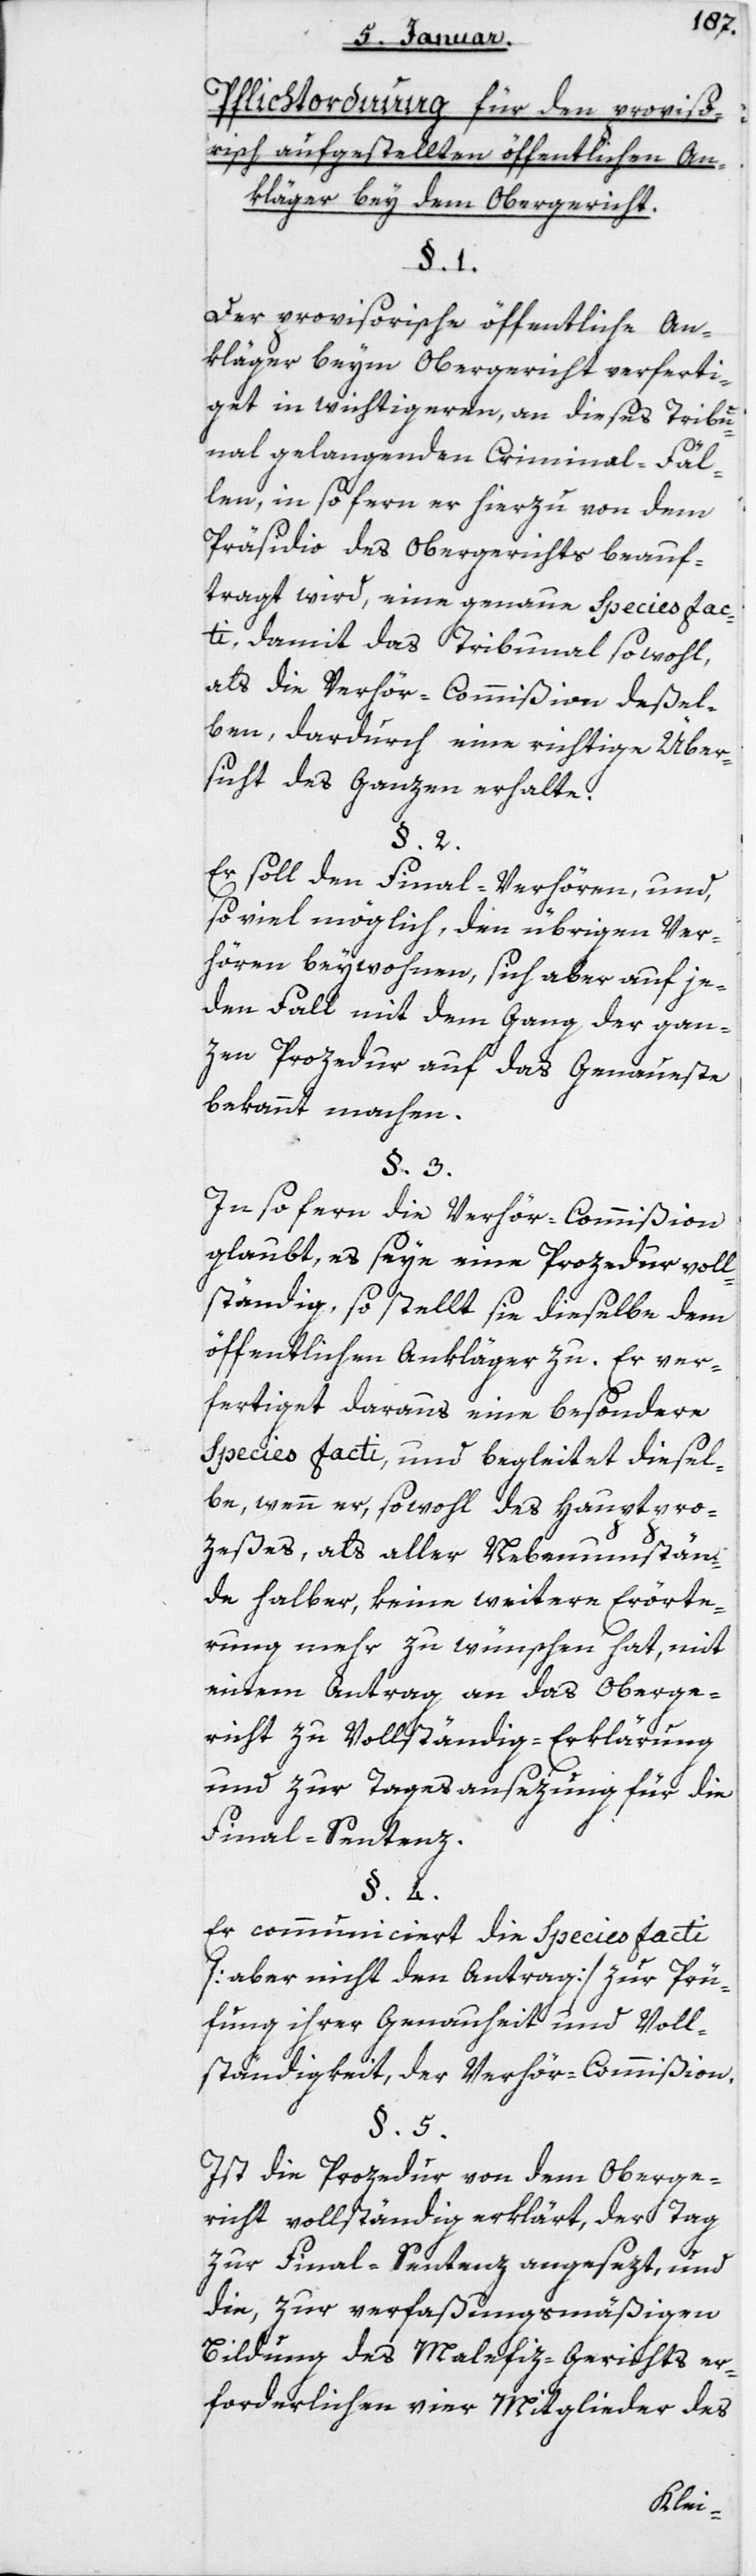
Pflichtordnung für den provis¬
orisch aufgestellten öffentlichen An¬
kläger bey dem Obergericht.
Der provisorische öffentliche An¬
kläger beym Obergericht verferti¬
get in wichtigeren, an dieses Tribu¬
nal gelangenden Criminal-Fäl¬
len, in so fern er hierzu von dem
Präsidio des Obergerichts beauf¬
tragt wird, eine genaue Species fac¬
ti, damit das Tribunal sowohl
als die Verhörcommißion deßel¬
ben, dardurch eine richtige Über¬
sicht des Ganzen erhalte.
Er soll den Final-Verhören und
so viel möglich den übrigen Ver¬
hören beywohnen, sich aber auf je¬
den Fall mit dem Gang der gan¬
zen Prozedur auf das Genaueste
bekannt machen.
In so fern die Verhörcommißion
glaubt, es seye eine Prozedur voll¬
ständig, so stellt sie dieselbe dem
öffentlichen Ankläger zu. Er ver¬
fertiget daraus eine besondere
Species facti, und begleitet diesel¬
be, wenn er, sowohl des Hauptpro¬
zeßes als aller Nebenumstän¬
de halber, keine weitere Erörte¬
rung mehr zu wünschen hat, mit
einem Antrag an das Oberge¬
richt zu Vollständig-Erklärung
und zur Tagesansezung für die
Final-Sentenz.
Er communiciert die Species facti
(aber nicht den Antrag) zur Prü¬
fung ihrer Genauheit und Voll¬
ständigkeit der Verhörcommißion.
Ist die Prozedur von dem Oberge¬
richt vollständig erklärt, der Tag
zur Final-Sentenz angesetzt, und
die, zur verfaßungsmäßigen
Bildung des Malefiz-Gerichts er¬
forderlichen vier Mitglieder des